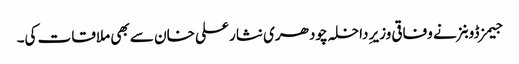
جیمز ڈوبنز نے وفاقی وزیرِ داخلہ چودھری نثار علی خان سے بھی ملاقات کی۔